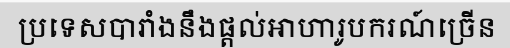
ប្រទេសបារាំងនឹងផ្តល់អាហារូបករណ៍ច្រើន